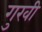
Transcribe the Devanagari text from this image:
गुखी